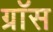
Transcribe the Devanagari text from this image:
ग्राॅस